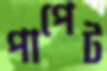
পাপেট